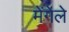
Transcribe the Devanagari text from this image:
मेंगेले